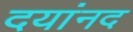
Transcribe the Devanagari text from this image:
दयांनद